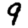
Digit: 9